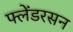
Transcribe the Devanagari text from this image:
फ्लेंडरसन